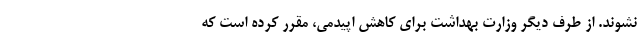
نشوند. از طرف دیگر وزارت بهداشت برای کاهش اپیدمی، مقرر کرده است که